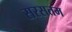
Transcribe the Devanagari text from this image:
सरसतम